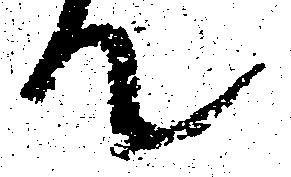
て